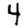
Digit: 4